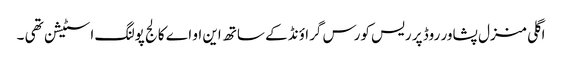
اگلی منزل پشاور روڈ پر ریس کورس گراؤنڈ کے ساتھ این او اے کالج پولنگ اسٹیشن تھی ۔